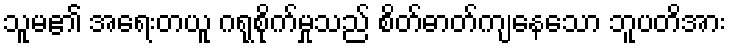
သူမ၏ အရေးတယူ ဂရုစိုက်မှုသည် စိတ်ဓာတ်ကျနေသော ဘူပတိအား